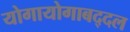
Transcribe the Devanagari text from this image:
योगायोगाबद्दल